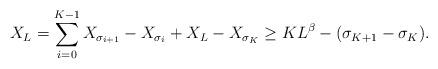
LaTeX: \begin{align*}X_L = \sum_{i=0}^{K-1} X_{\sigma_{i+1}}-X_{\sigma_i} + X_L - X_{\sigma_{K}} \ge K L^\beta - (\sigma_{K+1} - \sigma_{K}).\end{align*}